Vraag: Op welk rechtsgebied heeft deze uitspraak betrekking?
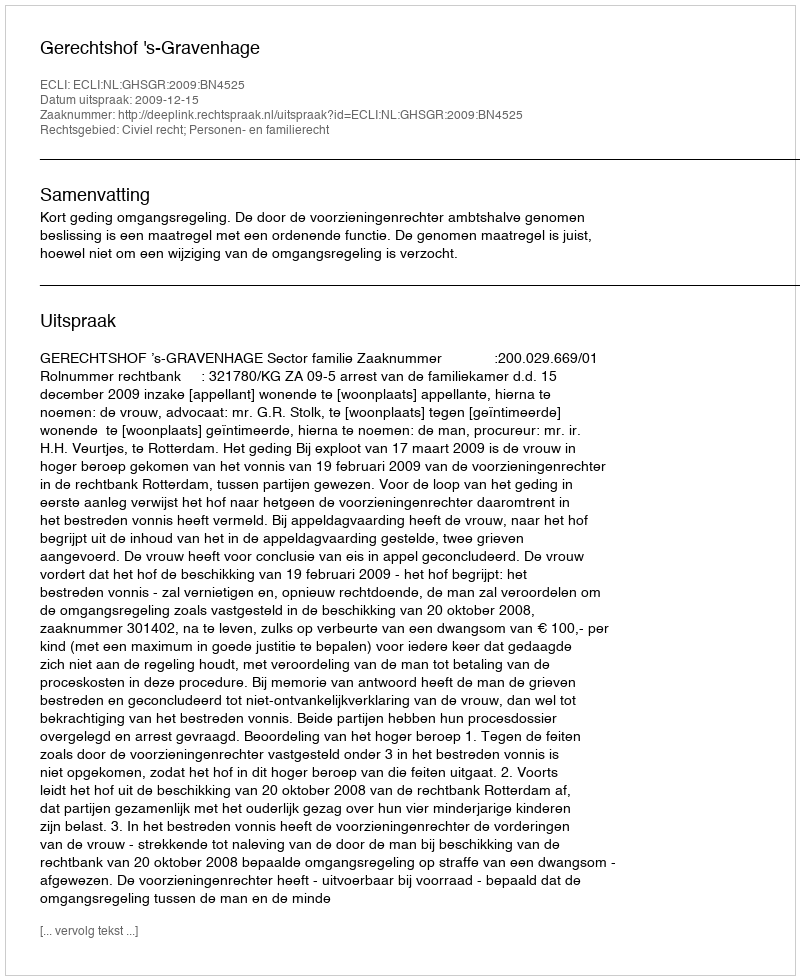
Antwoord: Civiel recht; Personen- en familierecht